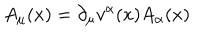
A _ { \mu } ( x ) = \partial _ { \mu } v ^ { \alpha } ( x ) A _ { \alpha } ( x )